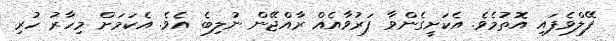
ފޭލްވެފައި އޮތުމެވެ. އެކަށީގެންވާ ފަރުވާއެއް ރާއްޖޭން ނުލިބެ އެވެ. އެކަމަށް މިހާރު ހުރި